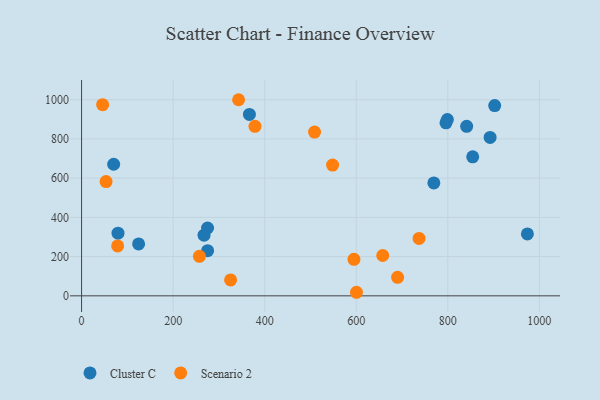
{"axis": {"x": "Price", "y": "Profit"}, "legend": ["Cluster C", "Scenario 2"], "data": [{"x": "275.2", "y": 346.0, "type": "Cluster C"}, {"x": "902.4", "y": 969.9, "type": "Cluster C"}, {"x": "799.0", "y": 899.0, "type": "Cluster C"}, {"x": "275.3", "y": 230.5, "type": "Cluster C"}, {"x": "973.8", "y": 315.5, "type": "Cluster C"}, {"x": "796.0", "y": 882.0, "type": "Cluster C"}, {"x": "70.1", "y": 670.9, "type": "Cluster C"}, {"x": "124.6", "y": 264.5, "type": "Cluster C"}, {"x": "841.2", "y": 864.5, "type": "Cluster C"}, {"x": "366.6", "y": 924.7, "type": "Cluster C"}, {"x": "854.4", "y": 708.7, "type": "Cluster C"}, {"x": "892.4", "y": 807.6, "type": "Cluster C"}, {"x": "79.6", "y": 319.5, "type": "Cluster C"}, {"x": "267.5", "y": 309.5, "type": "Cluster C"}, {"x": "769.5", "y": 575.9, "type": "Cluster C"}, {"x": "378.8", "y": 864.1, "type": "Scenario 2"}, {"x": "343.0", "y": 999.9, "type": "Scenario 2"}, {"x": "657.8", "y": 205.8, "type": "Scenario 2"}, {"x": "257.4", "y": 201.5, "type": "Scenario 2"}, {"x": "737.2", "y": 292.6, "type": "Scenario 2"}, {"x": "53.5", "y": 582.8, "type": "Scenario 2"}, {"x": "548.3", "y": 666.9, "type": "Scenario 2"}, {"x": "690.3", "y": 94.3, "type": "Scenario 2"}, {"x": "600.5", "y": 18.2, "type": "Scenario 2"}, {"x": "508.9", "y": 834.9, "type": "Scenario 2"}, {"x": "595.0", "y": 186.4, "type": "Scenario 2"}, {"x": "78.8", "y": 254.4, "type": "Scenario 2"}, {"x": "46.0", "y": 974.7, "type": "Scenario 2"}, {"x": "325.5", "y": 81.2, "type": "Scenario 2"}]}